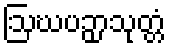
ဩဃပဉှာသုတ္တံ